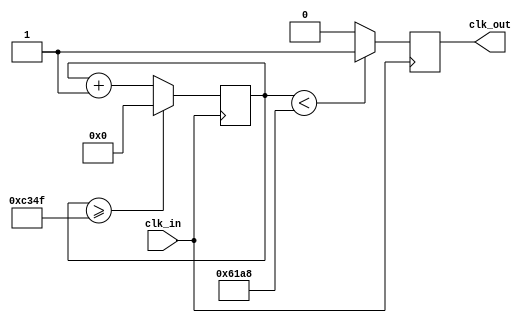
`timescale 1ns / 1ps

module freq_div(
    input clk_in,
    output reg clk_out
);

reg[27:0] c = 28'd0;
parameter DIVISOR = 28'd50000;

always @(posedge clk_in)
    begin
         c <= c + 28'd1;
         if (c >= (DIVISOR - 1))
             c <= 28'd0;
         clk_out <= (c < DIVISOR / 2) ? 1'b1 : 1'b0;
    end
endmodule